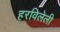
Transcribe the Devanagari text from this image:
हरविलेली